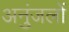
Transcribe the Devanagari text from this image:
अनुंजलों